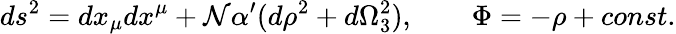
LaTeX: ds^{2}=dx_{\mu}dx^{\mu}+\mathcal{N}\alpha^{\prime}(d\rho^{2}+d\Omega_{3}^{2}),\qquad\Phi=-\rho+const.